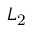
L _ { \mathrm { 2 } }